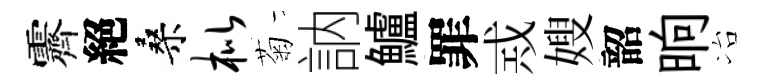
霽絕桑枇菊訥鱸罪𢦶嫂韶晌冶